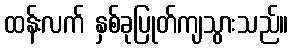
ထန်းလက် နှစ်ခုပြုတ်ကျသွားသည်။